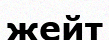
жейт